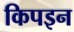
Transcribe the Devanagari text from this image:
किपइन